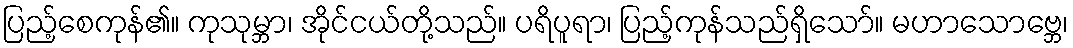
ပြည့်စေကုန်၏။ ကုသုမ္ဘာ၊ အိုင်ငယ်တို့သည်။ ပရိပူရာ၊ ပြည့်ကုန်သည်ရှိသော်။ မဟာသောဗ္ဘေ၊